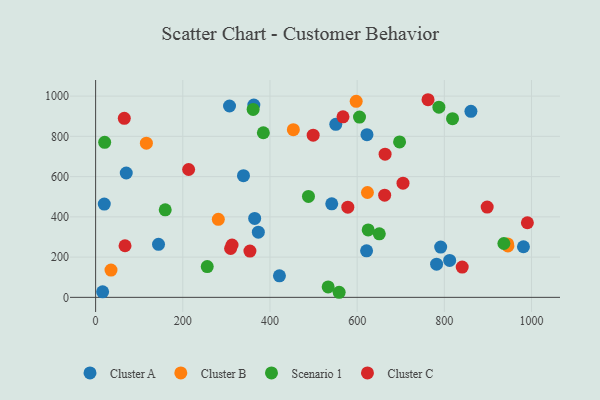
{"axis": {"x": "Experience", "y": "Rating"}, "legend": ["Cluster A", "Cluster B", "Cluster C", "Scenario 1"], "data": [{"x": "70.3", "y": 617.8, "type": "Cluster A"}, {"x": "19.9", "y": 463.4, "type": "Cluster A"}, {"x": "791.6", "y": 249.7, "type": "Cluster A"}, {"x": "981.5", "y": 251.4, "type": "Cluster A"}, {"x": "16.1", "y": 27.4, "type": "Cluster A"}, {"x": "144.3", "y": 263.3, "type": "Cluster A"}, {"x": "551.0", "y": 859.8, "type": "Cluster A"}, {"x": "812.2", "y": 183.7, "type": "Cluster A"}, {"x": "339.2", "y": 604.7, "type": "Cluster A"}, {"x": "307.2", "y": 950.8, "type": "Cluster A"}, {"x": "782.2", "y": 164.7, "type": "Cluster A"}, {"x": "622.5", "y": 808.3, "type": "Cluster A"}, {"x": "621.6", "y": 231.3, "type": "Cluster A"}, {"x": "541.7", "y": 464.6, "type": "Cluster A"}, {"x": "363.0", "y": 955.4, "type": "Cluster A"}, {"x": "364.9", "y": 392.1, "type": "Cluster A"}, {"x": "861.0", "y": 924.2, "type": "Cluster A"}, {"x": "421.7", "y": 106.9, "type": "Cluster A"}, {"x": "373.3", "y": 323.6, "type": "Cluster A"}, {"x": "945.2", "y": 265.6, "type": "Cluster B"}, {"x": "116.5", "y": 766.1, "type": "Cluster B"}, {"x": "281.5", "y": 387.7, "type": "Cluster B"}, {"x": "453.6", "y": 833.1, "type": "Cluster B"}, {"x": "623.6", "y": 521.0, "type": "Cluster B"}, {"x": "35.3", "y": 135.6, "type": "Cluster B"}, {"x": "597.8", "y": 974.1, "type": "Cluster B"}, {"x": "945.9", "y": 255.6, "type": "Cluster B"}, {"x": "787.5", "y": 944.9, "type": "Scenario 1"}, {"x": "361.4", "y": 934.0, "type": "Scenario 1"}, {"x": "533.5", "y": 51.8, "type": "Scenario 1"}, {"x": "936.6", "y": 267.6, "type": "Scenario 1"}, {"x": "384.8", "y": 818.0, "type": "Scenario 1"}, {"x": "650.8", "y": 315.4, "type": "Scenario 1"}, {"x": "256.1", "y": 152.8, "type": "Scenario 1"}, {"x": "20.8", "y": 770.5, "type": "Scenario 1"}, {"x": "558.7", "y": 25.2, "type": "Scenario 1"}, {"x": "488.3", "y": 501.4, "type": "Scenario 1"}, {"x": "625.3", "y": 335.1, "type": "Scenario 1"}, {"x": "159.7", "y": 434.8, "type": "Scenario 1"}, {"x": "605.4", "y": 895.6, "type": "Scenario 1"}, {"x": "818.8", "y": 887.8, "type": "Scenario 1"}, {"x": "697.3", "y": 772.1, "type": "Scenario 1"}, {"x": "65.8", "y": 889.7, "type": "Cluster C"}, {"x": "663.1", "y": 507.5, "type": "Cluster C"}, {"x": "664.1", "y": 711.2, "type": "Cluster C"}, {"x": "213.4", "y": 635.2, "type": "Cluster C"}, {"x": "567.5", "y": 897.0, "type": "Cluster C"}, {"x": "762.6", "y": 982.0, "type": "Cluster C"}, {"x": "841.0", "y": 150.3, "type": "Cluster C"}, {"x": "990.5", "y": 370.6, "type": "Cluster C"}, {"x": "354.0", "y": 229.7, "type": "Cluster C"}, {"x": "499.1", "y": 805.8, "type": "Cluster C"}, {"x": "67.5", "y": 256.3, "type": "Cluster C"}, {"x": "309.7", "y": 242.7, "type": "Cluster C"}, {"x": "578.6", "y": 448.0, "type": "Cluster C"}, {"x": "705.2", "y": 567.4, "type": "Cluster C"}, {"x": "898.3", "y": 448.7, "type": "Cluster C"}, {"x": "313.0", "y": 260.2, "type": "Cluster C"}]}